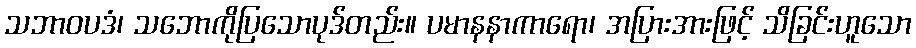
သဘာဝပဒံ၊ သဘောကိုပြသောပုဒ်တည်း။ ပမာနနာကာရော၊ အပြားအားဖြင့် သိခြင်းဟူသော